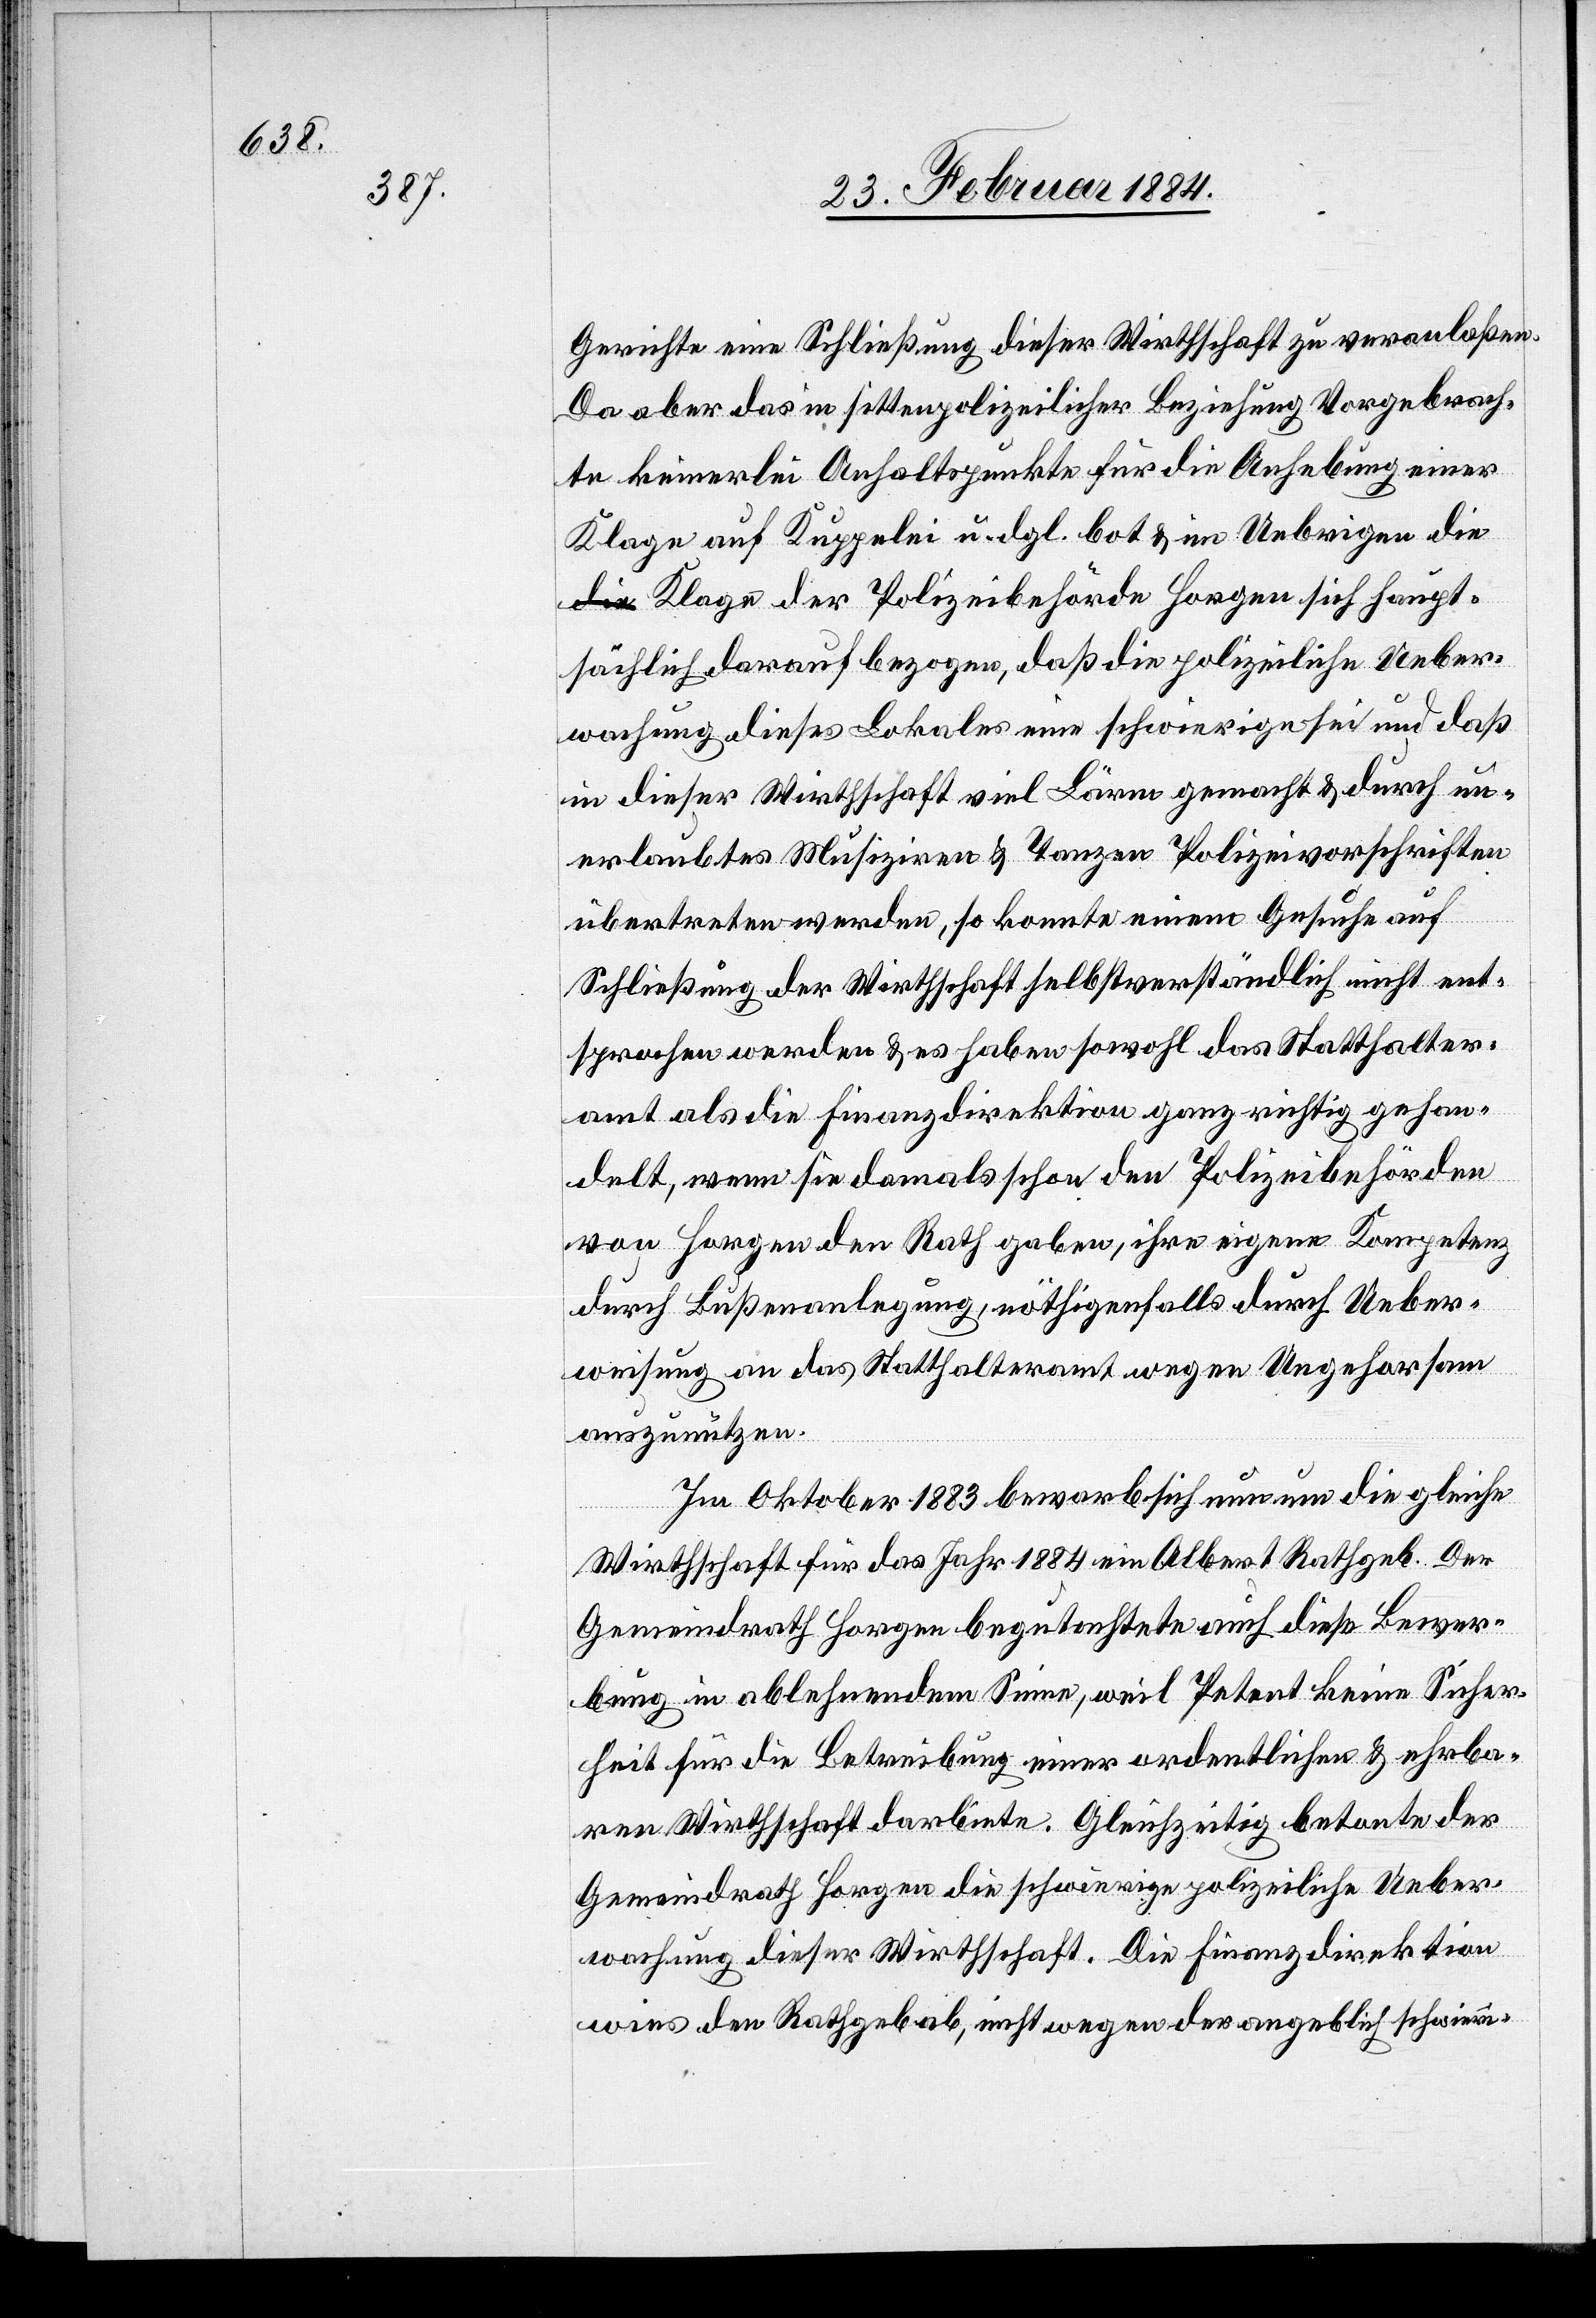
Gerichte eine Schließung dieser Wirthschaft zu veranlaßen.
Da aber das in sittenpolizeilicher Beziehung Vorgebrach¬
te keinerlei Anhaltspunkte für die Anhebung einer
Klage auf Kuppelei u. dgl. bot & im Uebrigen die
Klagen der Polizeibehörde Horgen sich haupt¬
sächlich darauf bezogen, daß die polizeiliche Ueber¬
wachung dieses Lokales eine schwierige sei und daß
in dieser Wirthschaft viel Lärm gemacht & durch un¬
erlaubtes Musiziren &Tanzen Polizeivorschriften
übertreten werden, so konnte einem Gesuche auf
Schließung der Wirthschaft selbstverständlich nicht ent¬
sprochen werden & es haben sowohl das Statthalter¬
amt als die Finanzdirektion ganz richtig gehan¬
delt, wenn sie damals schon den Polizeibehörden
von Horgen den Rath gaben, ihre eigene Kompetenz
durch Bußanlegung, nöthigenfalls durch Ueber¬
weisung an das Statthalteramt wegen Ungehorsam
auszunutzen.
Im Oktober 1883 bewarb sich nun um die gleiche
Wirthschaft für das Jahr 1884 ein Albert Rathgeb. Der
Gemeindrath Horgen begutachtete auch diese Bewer¬
bung in ablehnendem Sinne, weil Petent keine Sicher¬
heit für die Betreibung einer ordentlichen & ehrba¬
ren Wirthschaft darbiete. Gleichzeitig betonte der
Gemeindrath Horgen die schwierige polizeiliche Ueber¬
wachung dieser Wirthschaft. Die Finanzdirektion
wies den Rathgeb ab, nicht wegen der angeblich schwieri-